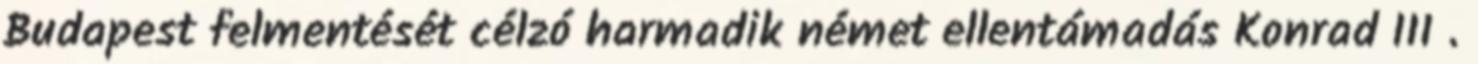
Budapest felmentését célzó harmadik német ellentámadás Konrad III .